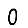
Digit: 0